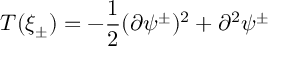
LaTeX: T ( \xi _ { \pm } ) = - \frac { 1 } { 2 } ( \partial \psi ^ { \pm } ) ^ { 2 } + \partial ^ { 2 } \psi ^ { \pm }